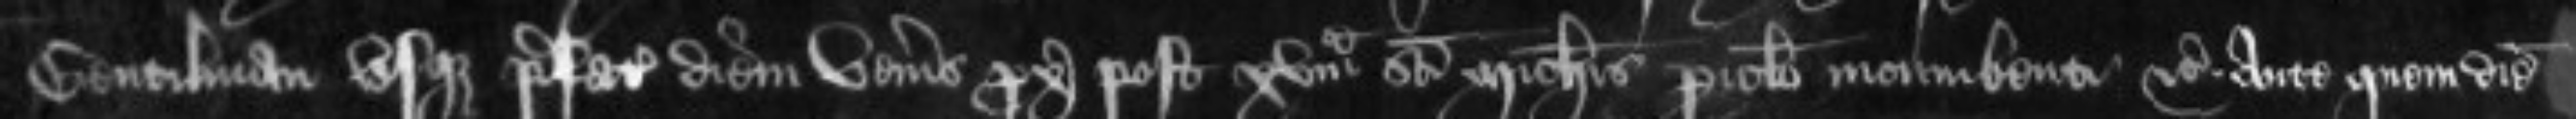
Gentilman usque prefatum diem veneris proximum post XVam Sancti Michaelis periculo incumbenti etc. ante quem diem